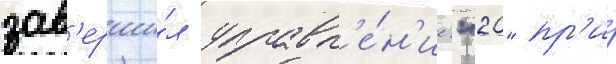
зав'ерши́л управл'е́н'ие "20" пр'и́